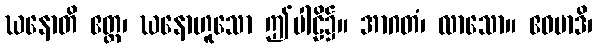
ဃနောတိ ဧတ္ထ၊ ဃနောဟူသော ဤပါဠိ၌။ အာဂတံ၊ လာသော။ ဧဝမာဒိ၊